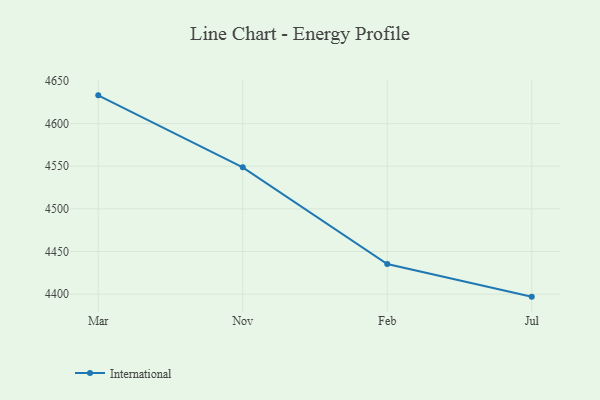
{"axis": {"x": "Month", "y": "Customer Acquisition Cost (USD)"}, "legend": ["International"], "data": [{"x": "Mar", "y": 4633.1, "type": "International"}, {"x": "Nov", "y": 4548.7, "type": "International"}, {"x": "Feb", "y": 4435.4, "type": "International"}, {"x": "Jul", "y": 4397.1, "type": "International"}]}